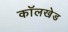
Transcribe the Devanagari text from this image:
कॉलखेड